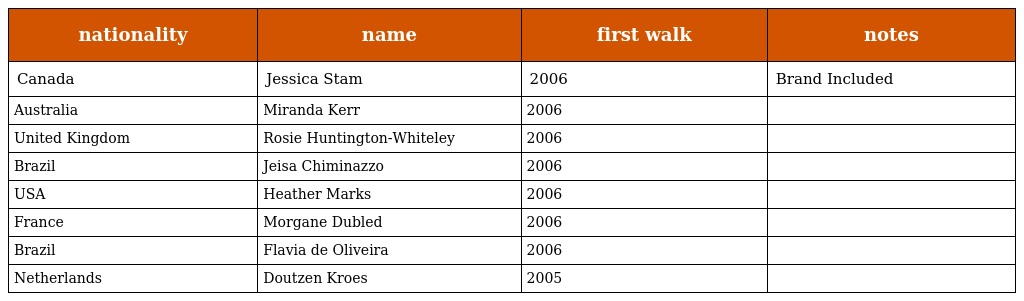
| nationality | name | first walk | notes |
 | --- | --- | --- | --- |
 | Canada | Jessica Stam | 2006 | Brand Included |
 | Australia | Miranda Kerr | 2006 |  |
 | United Kingdom | Rosie Huntington-Whiteley | 2006 |  |
 | Brazil | Jeisa Chiminazzo | 2006 |  |
 | USA | Heather Marks | 2006 |  |
 | France | Morgane Dubled | 2006 |  |
 | Brazil | Flavia de Oliveira | 2006 |  |
 | Netherlands | Doutzen Kroes | 2005 |  |